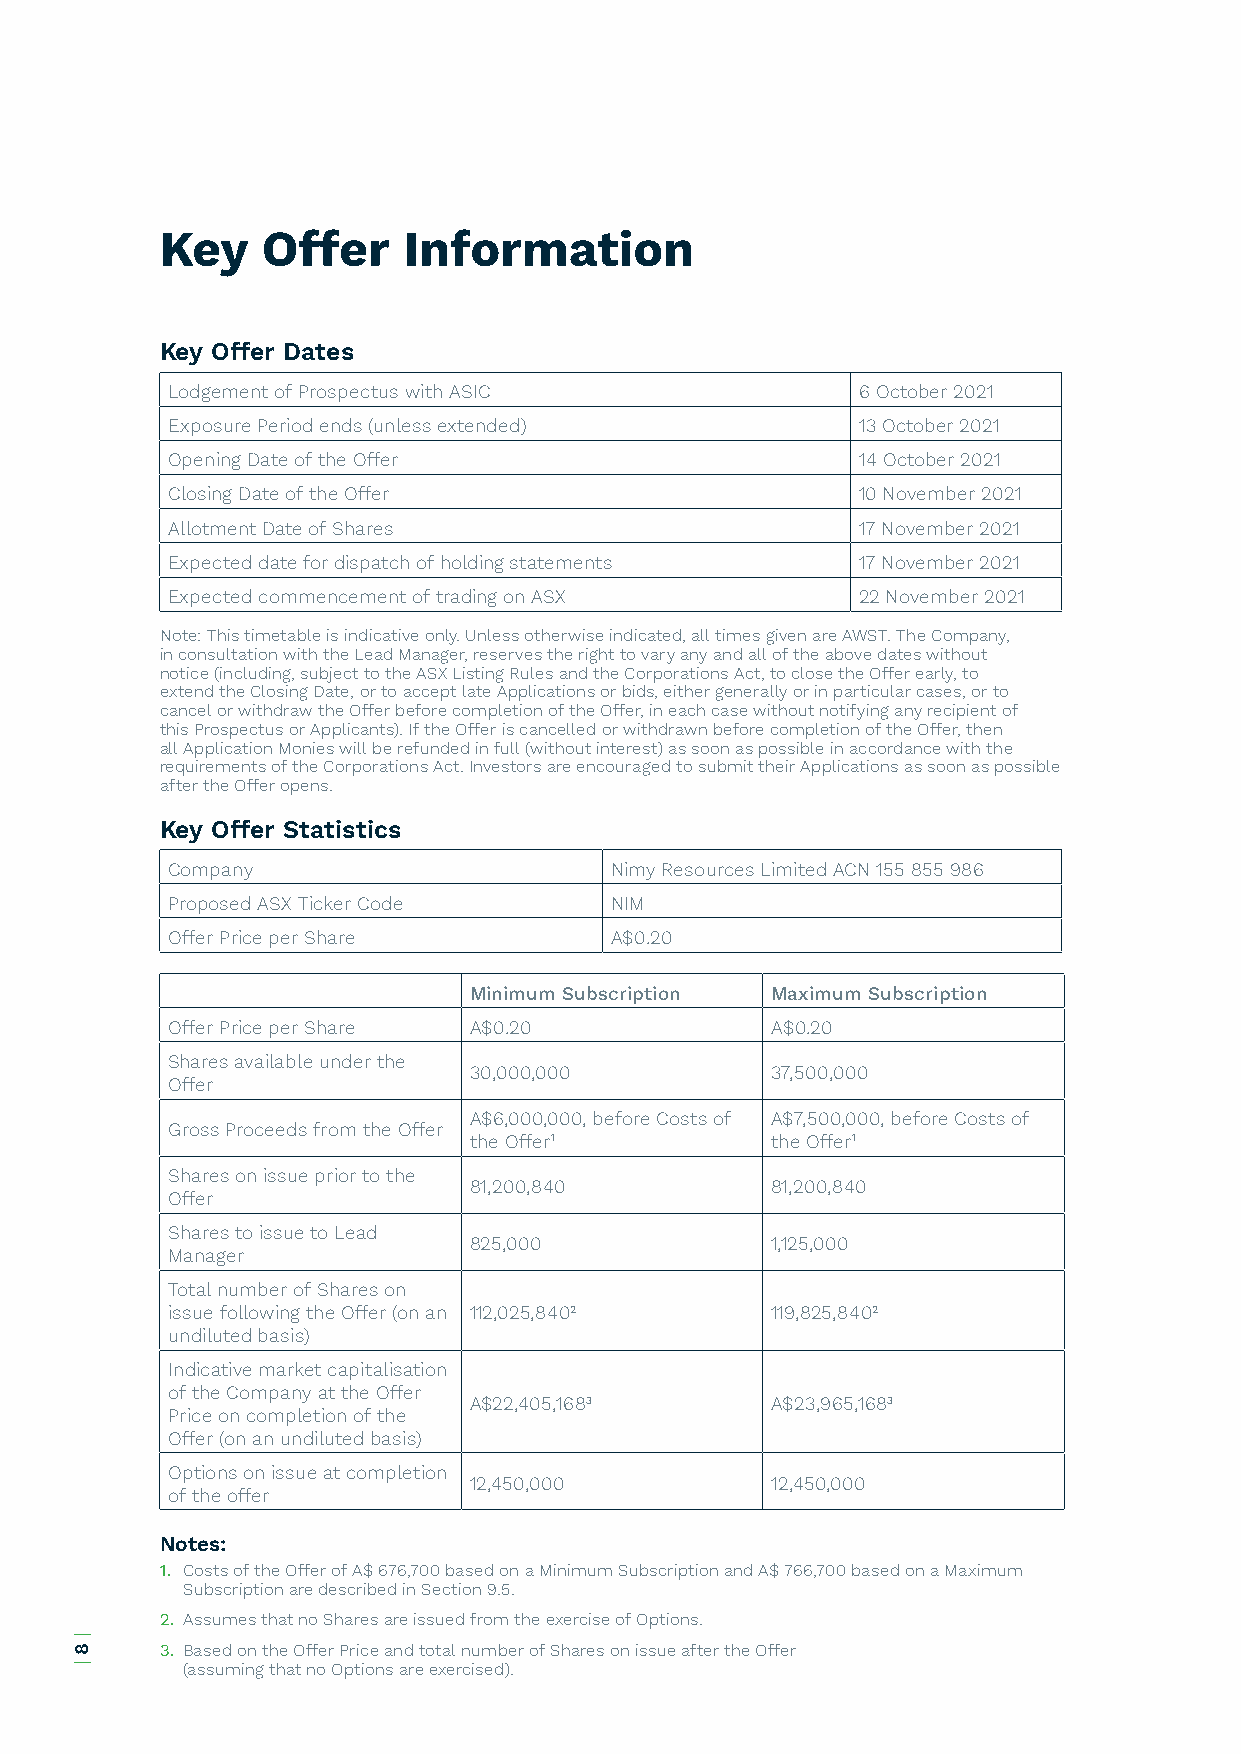
Key   Offer     Information
 Key Offer Dates
 Lodgement of Prospectus with ASIC             6 October 2021
 Exposure Period ends (unless extended)        13 October 2021
 Opening Date of the Offer                     14 October 2021
 Closing Date of the Offer                     10 November 2021
 Allotment Date of Shares                      17 November 2021
 Expected date for dispatch of holding statements 17 November 2021
 Expected commencement of trading on ASX       22 November 2021
 Note: This timetable is indicative only. Unless otherwise indicated, all times given are AWST. The Company,
 in consultation with the Lead Manager, reserves the right to vary any and all of the above dates without
 notice (including, subject to the ASX Listing Rules and the Corporations Act, to close the Offer early, to
 extend the Closing Date, or to accept late Applications or bids, either generally or in particular cases, or to
 cancel or withdraw the Offer before completion of the Offer, in each case without notifying any recipient of
 this Prospectus or Applicants). If the Offer is cancelled or withdrawn before completion of the Offer, then
 all Application Monies will be refunded in full (without interest) as soon as possible in accordance with the
 requirements of the Corporations Act. Investors are encouraged to submit their Applications as soon as possible
 after the Offer opens.
 Key Offer Statistics
 Company                      Nimy Resources Limited ACN 155 855 986
 Proposed ASX Ticker Code     NIM
 Offer Price per Share        A$0.20
 Minimum Subscription Maximum Subscription
 Offer Price per Share A$0.20            A$0.20
 Shares available under the
 30,000,000          37,500,000
 Offer
 A$6,000,000, before Costs of A$7,500,000, before Costs of
 Gross Proceeds from the Offer
 the Offer1          the Offer1
 Shares on issue prior to the
 81,200,840          81,200,840
 Offer
 Shares to issue to Lead
 825,000             1,125,000
 Manager
 Total number of Shares on
 issue following the Offer (on an 112,025,8402 119,825,8402
 undiluted basis)
 Indicative market capitalisation
 of the Company at the Offer
 A$22,405,1683       A$23,965,1683
 Price on completion of the
 Offer (on an undiluted basis)
 Options on issue at completion
 12,450,000          12,450,000
 of the offer
 Notes:
 1. Costs of the Offer of A$ 676,700 based on a Minimum Subscription and A$ 766,700 based on a Maximum
 Subscription are described in Section 9.5.
 2. Assumes that no Shares are issued from the exercise of Options.
 3. Based on the Offer Price and total number of Shares on issue after the Offer
 (assuming that no Options are exercised).
 |
 8
 |